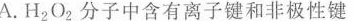
A.H_{2}O_{2}分子中含有离子键和非极性键